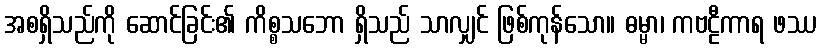
အစရှိသည်ကို ဆောင်ခြင်း၏ ကိစ္စသဘော ရှိသည် သာလျှင် ဖြစ်ကုန်သော။ ဓမ္မာ၊ ကဗဠီကာရ ဖဿ